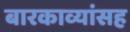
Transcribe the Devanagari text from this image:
बारकाव्यांसह